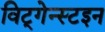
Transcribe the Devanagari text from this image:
विट्गेन्स्टइन